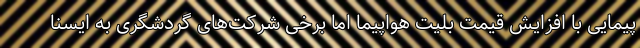
پیمایی با افزایش قیمت بلیت هواپیما اما برخی شرکت‌های گردشگری به ایسنا